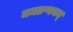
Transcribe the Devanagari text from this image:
ञमङणनम्